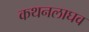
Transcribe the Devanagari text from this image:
कथनलाघव